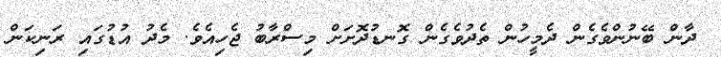
ދާން ބޭނުންވެގެން ދެމީހުން ތެދުވެގެން ގޮނޑުދޮށަށް މިސްރާބު ޖެހިއެވެ. މެދު އުޑުގައި ރަނިކަން